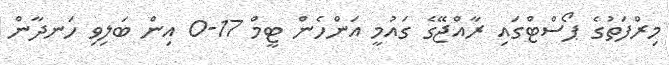
މިރްފަތުގެ ޕޯސްޓްގައި ރާއްޖޭގެ ގައުމީ އަންހެން ޓީމް 17-0 އިން ބަލިވި ހަނދާން